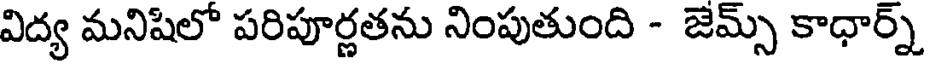
విద్య మనిషిలో పరిపూర్ణతను నింపుతుంది - జెమ్స్ కాధార్న్